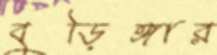
বুড়িঙ্গার